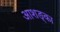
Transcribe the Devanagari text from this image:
आशङ्का